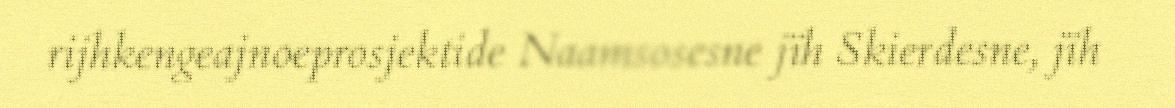
rijhkengeajnoeprosjektide Naamsosesne jïh Skierdesne, jïh